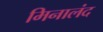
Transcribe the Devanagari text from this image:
मिनालंद